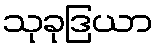
သုခုဒြယာ